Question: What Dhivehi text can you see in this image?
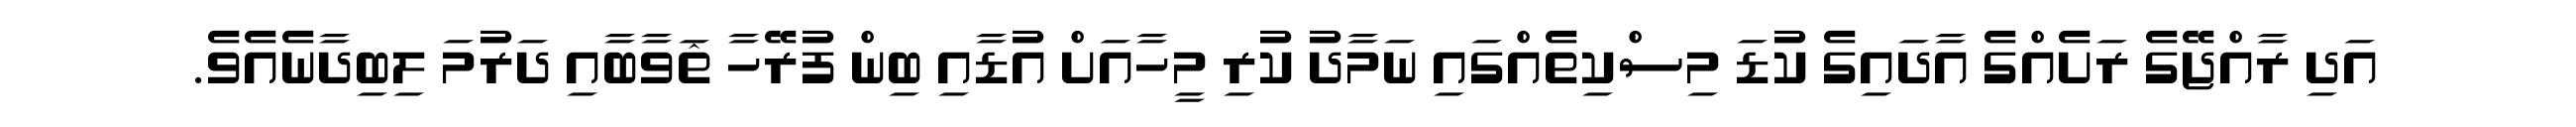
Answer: އަދި ރާއްޖޭގެ ރަށެއްގެ އާދައިގެ ކުޑަ މިސްކިތެއްގައި ނަމާދު ކުރި މީހާއަށް އުޑާއި ބިން ފުރޭހާ ޘަވާބާއި ދަރުމަ ލިބިދާނެއެވެ.